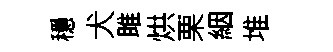
穩犬雎烘栗絪堆